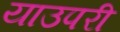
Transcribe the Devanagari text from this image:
याउपरी